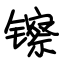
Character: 镲